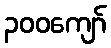
၃၀၀ကျော်